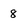
Character: 8